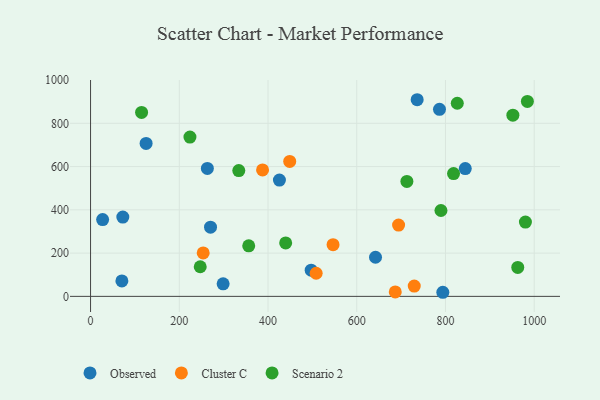
{"axis": {"x": "Investment", "y": "Profit"}, "legend": ["Cluster C", "Observed", "Scenario 2"], "data": [{"x": "72.7", "y": 366.7, "type": "Observed"}, {"x": "70.6", "y": 71.2, "type": "Observed"}, {"x": "425.7", "y": 537.4, "type": "Observed"}, {"x": "27.2", "y": 354.8, "type": "Observed"}, {"x": "497.3", "y": 121.1, "type": "Observed"}, {"x": "794.0", "y": 18.9, "type": "Observed"}, {"x": "298.8", "y": 58.0, "type": "Observed"}, {"x": "736.2", "y": 909.0, "type": "Observed"}, {"x": "263.3", "y": 591.5, "type": "Observed"}, {"x": "786.5", "y": 864.8, "type": "Observed"}, {"x": "844.6", "y": 590.8, "type": "Observed"}, {"x": "125.2", "y": 707.2, "type": "Observed"}, {"x": "270.4", "y": 319.7, "type": "Observed"}, {"x": "642.3", "y": 180.8, "type": "Observed"}, {"x": "508.5", "y": 106.8, "type": "Cluster C"}, {"x": "729.6", "y": 47.6, "type": "Cluster C"}, {"x": "694.3", "y": 329.6, "type": "Cluster C"}, {"x": "253.9", "y": 200.9, "type": "Cluster C"}, {"x": "448.9", "y": 623.7, "type": "Cluster C"}, {"x": "686.8", "y": 20.5, "type": "Cluster C"}, {"x": "387.7", "y": 584.5, "type": "Cluster C"}, {"x": "546.6", "y": 238.9, "type": "Cluster C"}, {"x": "247.2", "y": 136.9, "type": "Scenario 2"}, {"x": "980.2", "y": 343.3, "type": "Scenario 2"}, {"x": "962.9", "y": 133.8, "type": "Scenario 2"}, {"x": "224.0", "y": 736.4, "type": "Scenario 2"}, {"x": "818.2", "y": 567.4, "type": "Scenario 2"}, {"x": "334.1", "y": 581.4, "type": "Scenario 2"}, {"x": "826.6", "y": 892.8, "type": "Scenario 2"}, {"x": "713.0", "y": 531.2, "type": "Scenario 2"}, {"x": "789.8", "y": 397.0, "type": "Scenario 2"}, {"x": "439.8", "y": 247.1, "type": "Scenario 2"}, {"x": "984.6", "y": 901.1, "type": "Scenario 2"}, {"x": "951.9", "y": 837.4, "type": "Scenario 2"}, {"x": "356.5", "y": 233.4, "type": "Scenario 2"}, {"x": "115.0", "y": 850.1, "type": "Scenario 2"}]}